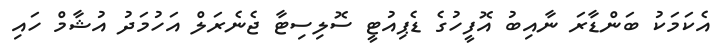
އެކަމަކު ބަންޑާރަ ނާއިބު އޮފީހުގެ ޑެޕިއުޓީ ސޮލިސިޓާ ޖެނެރަލް އަހުމަދު އުޝާމް ހައި